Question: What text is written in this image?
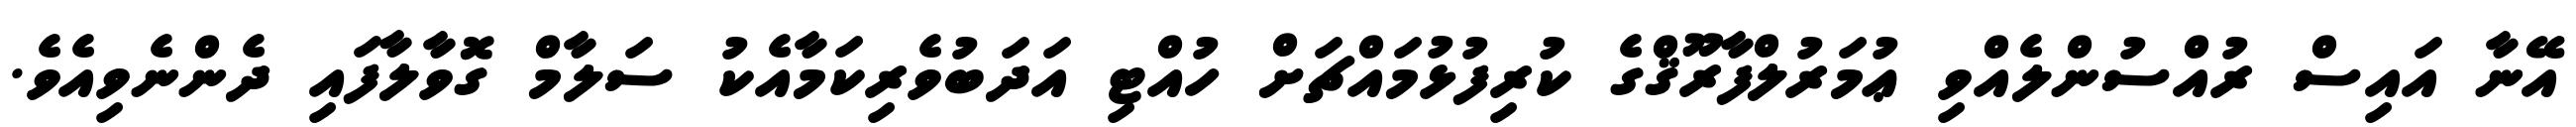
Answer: އޭނާ އައިސް ރުއްސުންލެއްވި ޢުމަރުލްފާރޫޤްގެ ކުރިފުޅުމައްޗަށް ހުއްޓި އަދަބުވެރިކަމާއެކު ސަލާމް ގޮވާލާފައި ދެންނެވިއެވެ.